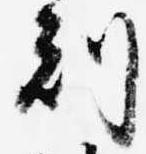
刻